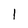
Character: 1